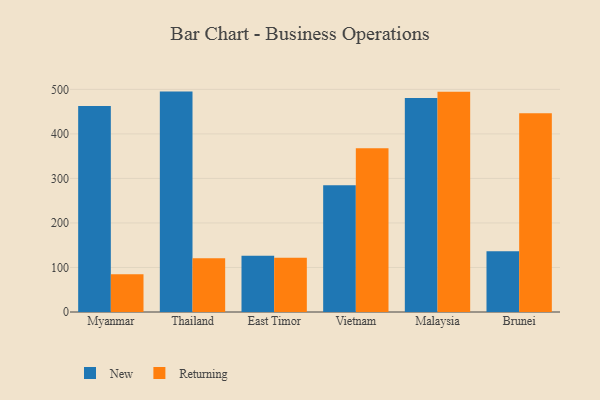
{"axis": {"x": "Country", "y": "Inventory Turnover"}, "legend": ["New", "Returning"], "data": [{"x": "Myanmar", "y": 462.8, "type": "New"}, {"x": "Myanmar", "y": 85.0, "type": "Returning"}, {"x": "Thailand", "y": 495.0, "type": "New"}, {"x": "Thailand", "y": 120.9, "type": "Returning"}, {"x": "East Timor", "y": 126.5, "type": "New"}, {"x": "East Timor", "y": 122.0, "type": "Returning"}, {"x": "Vietnam", "y": 284.9, "type": "New"}, {"x": "Vietnam", "y": 367.6, "type": "Returning"}, {"x": "Malaysia", "y": 480.5, "type": "New"}, {"x": "Malaysia", "y": 494.7, "type": "Returning"}, {"x": "Brunei", "y": 136.5, "type": "New"}, {"x": "Brunei", "y": 446.4, "type": "Returning"}]}